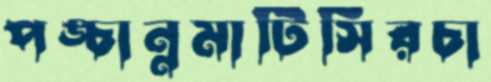
পঙ্চান্নমাটিসিরচা